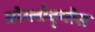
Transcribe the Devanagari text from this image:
त्रोग्लोद्य्तेस